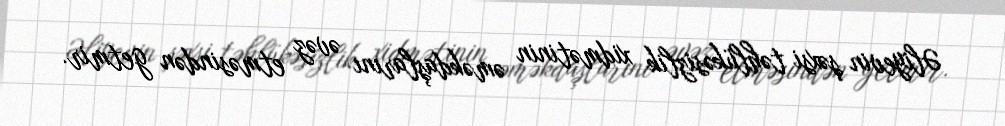
Əliyevin şəxsi təhlükəsizlik xidmətinin əməkdaşlarını əvəz etməsindən getmir.